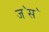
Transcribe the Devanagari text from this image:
ज॓स॓